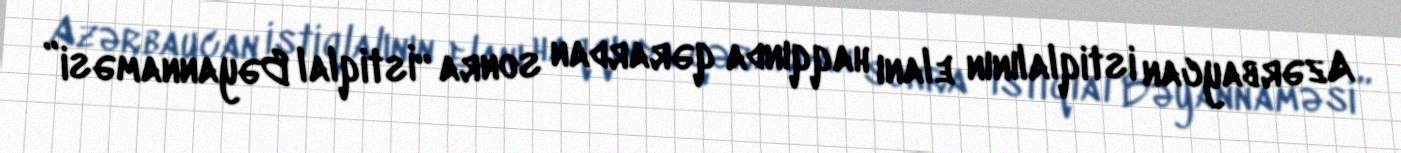
Azərbaycan istiqlalının elanı haqqında qərardan sonra “İstiqlal Bəyannaməsi”